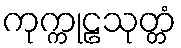
ကုက္ကုဠသုတ္တံ